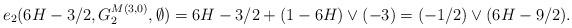
LaTeX: \begin{align*} e_2(6H-3/2,G^{M(3,0)}_{2},\emptyset)&= 6H-3/2 + (1-6H)\vee(-3) =(-1/2)\vee(6H-9/2). \end{align*}